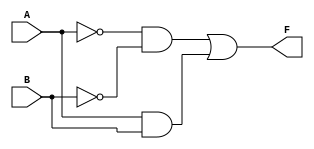
module two_variable_kmap (
    input wire A,   // First input
    input wire B,   // Second input
    output wire F   // Output
);

// K-map implementation
// Define the output F based on the K-map layout
assign F = (~A & ~B) | (A & B); // Example: F = A'B' + AB

endmodule